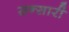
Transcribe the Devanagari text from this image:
सन्सारी